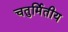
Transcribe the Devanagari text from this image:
चतुर्मितीय